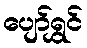
ပျော်ရွှင်